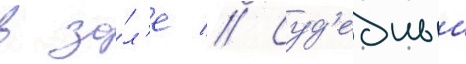
в за́л'е // Суд'ебныи